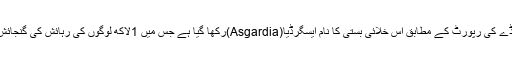
رشیا ٹوڈے کی رپورٹ کے مطابق اس خلائی بستی کا نام ایسگرڈیا(Asgardia)رکھا گیا ہے جس میں 1لاکھ لوگوں کی رہائش کی گنجائش ہو گی۔